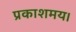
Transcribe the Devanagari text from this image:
प्रकाशमय।